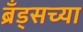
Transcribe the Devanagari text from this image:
ब्रँड्सच्या